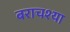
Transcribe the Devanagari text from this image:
बराचश्या